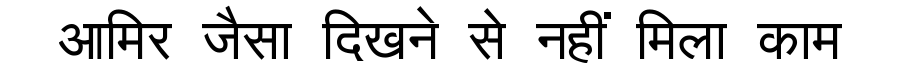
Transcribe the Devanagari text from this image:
आमिर जैसा दिखने से नहीं मिला काम